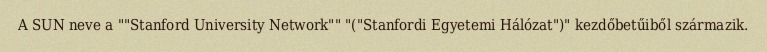
A SUN neve a ""Stanford University Network"" "("Stanfordi Egyetemi Hálózat")" kezdőbetűiből származik.